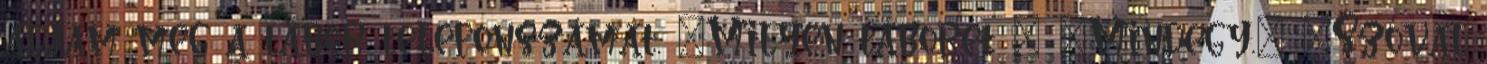
adjam meg a tábor telefonszámát. "Milyen táborét " "Mindegy." "Szóval